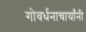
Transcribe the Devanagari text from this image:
गोवर्धनाचार्यांनी